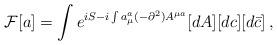
LaTeX: \begin{align*}{\cal F}[a] =\int e^{iS-i\int a_\mu^a(-\partial^2)A^{\mu a}}[dA][dc][d\bar{c}]\,,\end{align*}